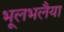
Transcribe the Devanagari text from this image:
भूलभलैया